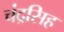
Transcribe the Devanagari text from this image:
चंद्रसिह